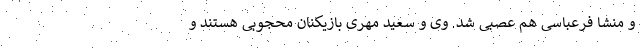
و منشا فرعباسی هم عصبی شد. وی و سعید مهری بازیکنان محجوبی هستند و